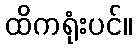
ထိကရုံးပင်။